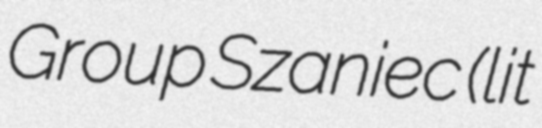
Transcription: Group Szaniec (lit